Vaccination United Provinces of Agra and Oudh 1914-1922 - 1914-1922
Year: 1914
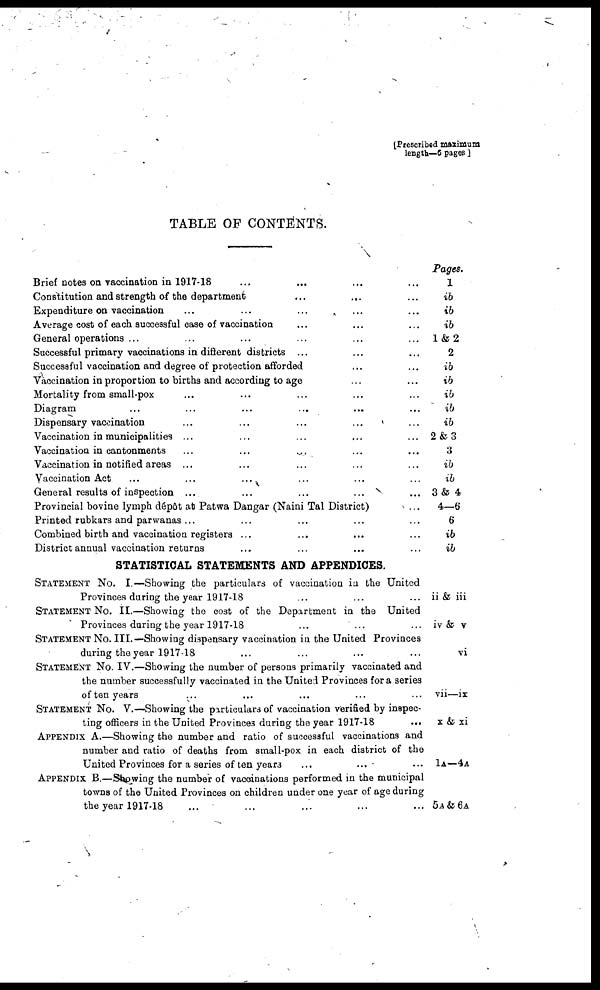
[Prescribed maximum
length—6 pages ]
TABLE OF CONTENTS.
Brief notes on vaccination in 1917-18
...
...
...
...
Constitution and strength of the department
...
...
...
Expenditure on vaccination... ... ... ... ...
Average cost of each successful case of vaccination... ... ... ... ...
General operations ...
... ... ... ... ...
Successful primary vaccinations in different districts ...
... ...
Successful vaccination and degree of protection afforded
... ...
Vaccination in proportion to births and according to age ... ...
Mortality from small-pox... ... ... ... ...
Diagram... ... ... ... ... ...
Dispensary vaccination... ... ... ... ...
Vaccination in municipalities ... ... ... ... ...
Vaccination in cantonments
... ... ... ... ...
Vaccination in notified areas ... ... ... ...
Vaccination Act ... ... ... ... ...
General results of inspection ...
...
...
...
...
Provincial bovine lymph dépôt at Patwa Dangar (Naini Tal District)
...
Printed rubkars and parwanas ... ... ... ... ...
Combined birth and vaccination registers ... ... ... ...
District annual vaccination returns ... ... ... ...
STATISTICAL STATEMENTS AND APPENDICES.
STATEMENT No. I.—Showing the particulars of vaccination in the United
Provinces during the year 1917-18
...
...
...
STATEMENT No. II.—Showing the cost of the Department in the United
Provinces during the year 1917-18
...
...
...
STATEMENT No. III.—Showing dispensary vaccination in the United Provinces
during the year 1917-18 ... ... ... ...
STATEMENT No. IV.—Showing the number of persons primarily vaccinated and
the number successfully vaccinated in the United Provinces for a series
often years ... ... ... ... ...
STATEMENT No. V.—Showing the particulars of vaccination verified by inspec¬
ting officers in the United Provinces during the year 1917-18
...
APPENDIX A.—Showing the number and ratio of successful vaccinations and
number and ratio of deaths from small-pox in each district of the
United Provinces for a series often years ... ... ...
APPENDIX B.—Showing the number of vaccinations performed in the municipal
towns of the United Provinces on children under one year of age during
the year 1917-18 ... ... ... ... ...
Pages.
1
ib
ib
ib
1&2
2
ib
ib
ib
ib
ib
2&3
3
ib
ib
3 & 4
4—6
6
ib
ib
ii & iii
iv & v
vi
vii—ix
x & xi
1A—4A
5A & 6A